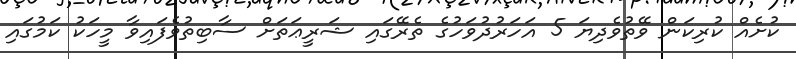
ކުށެއް ކުރިކަން ވޭތުވެދިޔަ 5 އަހަރުދުވަހުގެ ތެރޭގައި ޝަރީޢަތަށް ސާބިތުވެފައިވާ މީހަކު ކަމުގައި